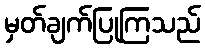
မှတ်ချက်ပြုကြသည်